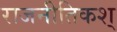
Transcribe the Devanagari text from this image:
राजनीतिकश्